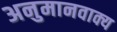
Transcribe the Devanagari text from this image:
अनुमानवाक्य